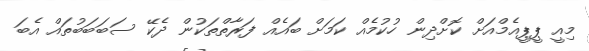
މިއީ ޕީޕީއެމްއަށް ކޮށްދިން ހުކުމެއް ކަމަށް ބައެއް ފަރާތްތަކުން ދެކޭ ސަބަބަބުތައް އެބަ